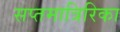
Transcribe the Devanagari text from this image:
सप्तमात्रिरिका